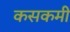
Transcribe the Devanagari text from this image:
कसकमी